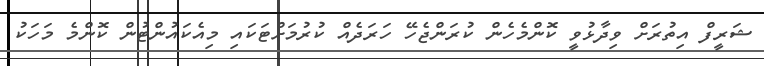
ޝަރީފް އިތުރަށް ވިދާޅުވީ ކޮންމެހެން ކުރަންޖެހޭ ހަރަދެއް ކުރުމަށްޓަކައި މިއެކައުންޓުން ކޮންމެ މަހަކު